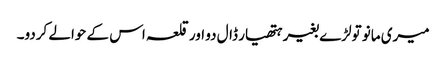
میری مانو تولڑے بغیر ہتھیار ڈال دو اور قلعہ اس کے حوالے کردو۔